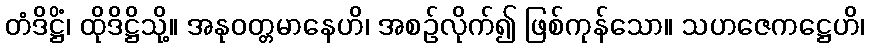
တံဒိဋ္ဌိံ၊ ထိုဒိဋ္ဌိသို့။ အနုဝတ္တမာနေဟိ၊ အစဉ်လိုက်၍ ဖြစ်ကုန်သော။ သဟဇေကဋ္ဌေဟိ၊